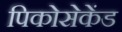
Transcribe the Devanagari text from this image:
पिकोसेकेंड